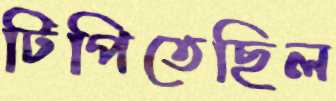
টিপিতেছিল